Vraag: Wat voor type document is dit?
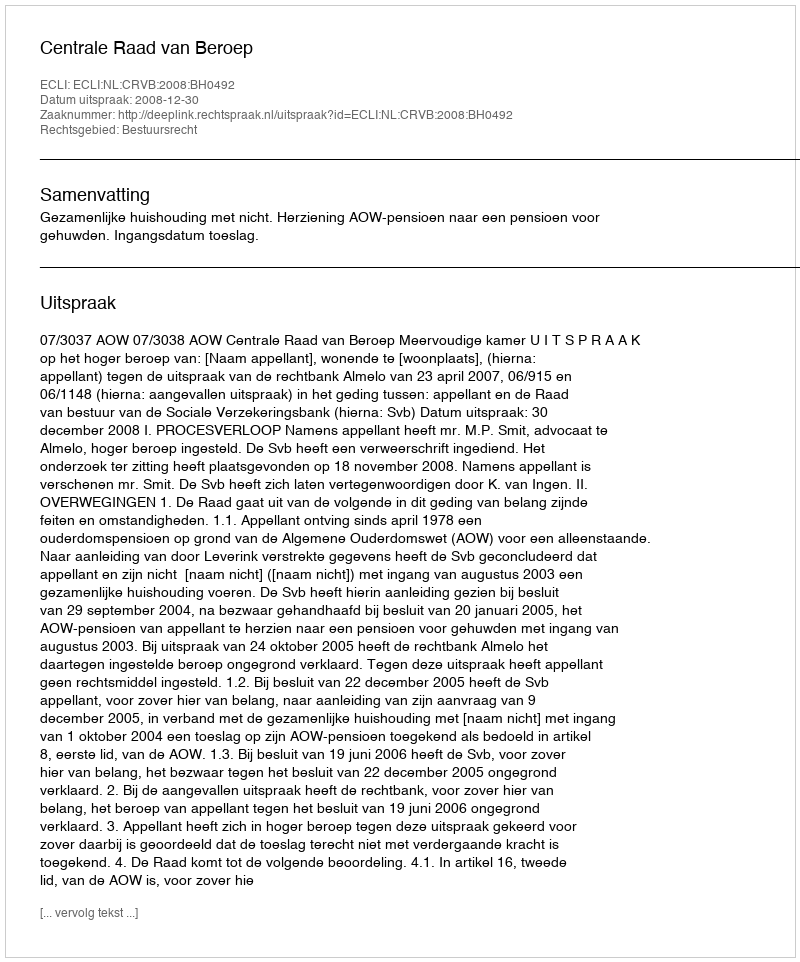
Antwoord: Uitspraak